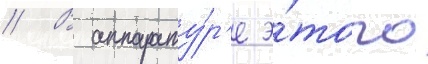
// В аппарату́р'е э́того